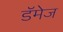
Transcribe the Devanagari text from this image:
डॅमेज